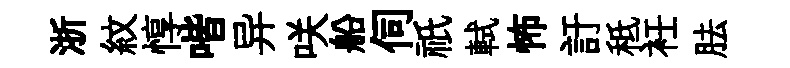
浙紋惇喈异咲船伺祇軾怖訏秪衽胠